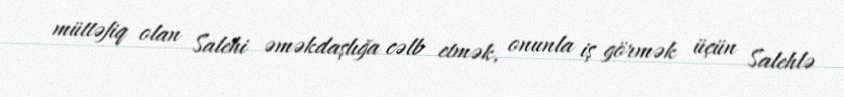
müttəfiq olan Salehi əməkdaşlığa cəlb etmək, onunla iş görmək üçün Salehlə